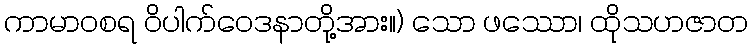
ကာမာဝစရ ဝိပါက်ဝေဒနာတို့အား။) သော ဖဿော၊ ထိုသဟဇာတ